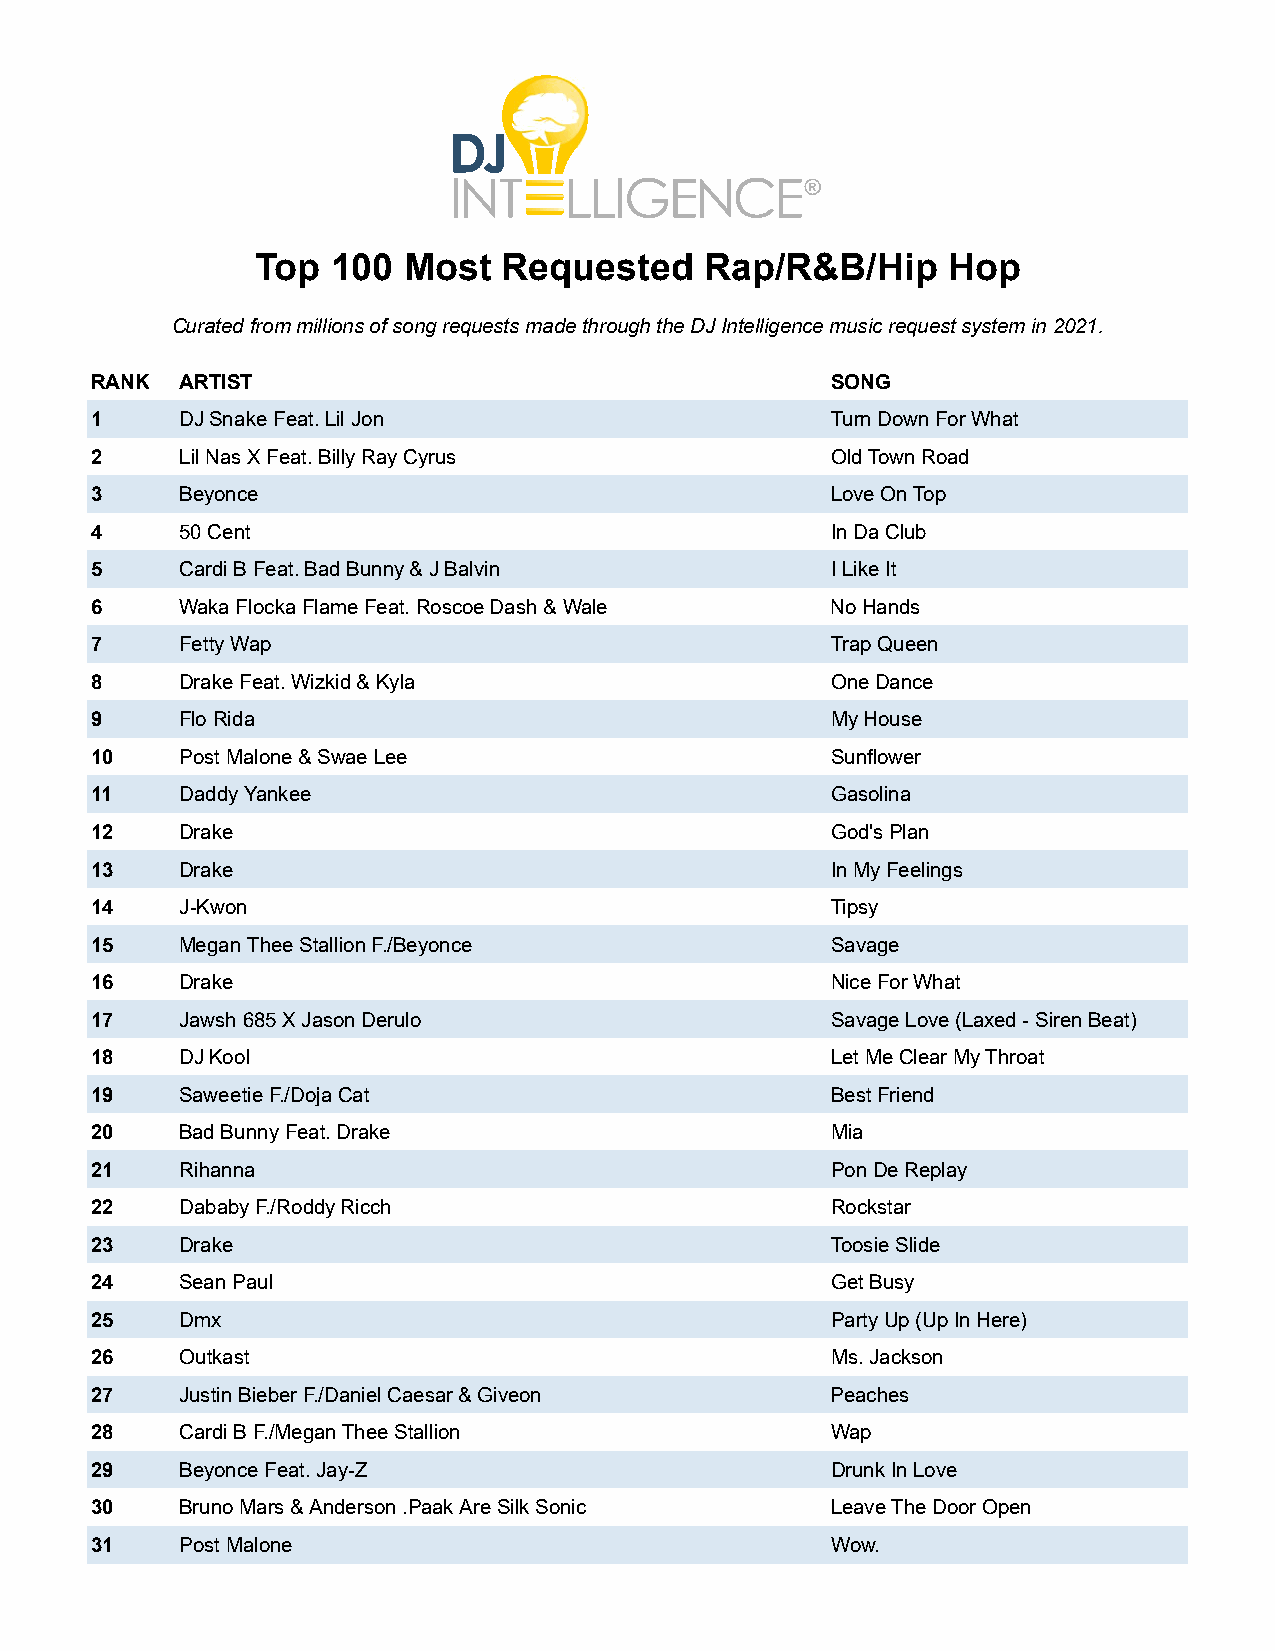
Top  100  Most  Requested     Rap/R&B/Hip     Hop
 Curated from millions of song requests made through the DJ Intelligence music request system in 2021.
 RANK  ARTIST                                     SONG
 1     DJ Snake Feat. Lil Jon                     Turn Down For What
 2     Lil Nas X Feat. Billy Ray Cyrus            Old Town Road
 3     Beyonce                                    Love On Top
 4     50 Cent                                    In Da Club
 5     Cardi B Feat. Bad Bunny & J Balvin         I Like It
 6     Waka Flocka Flame Feat. Roscoe Dash & Wale No Hands
 7     Fetty Wap                                  Trap Queen
 8     Drake Feat. Wizkid & Kyla                  One Dance
 9     Flo Rida                                   My House
 10    Post Malone & Swae Lee                     Sunflower
 11    Daddy Yankee                               Gasolina
 12    Drake                                      God's Plan
 13    Drake                                      In My Feelings
 14    J-Kwon                                     Tipsy
 15    Megan Thee Stallion F./Beyonce             Savage
 16    Drake                                      Nice For What
 17    Jawsh 685 X Jason Derulo                   Savage Love (Laxed - Siren Beat)
 18    DJ Kool                                    Let Me Clear My Throat
 19    Saweetie F./Doja Cat                       Best Friend
 20    Bad Bunny Feat. Drake                      Mia
 21    Rihanna                                    Pon De Replay
 22    Dababy F./Roddy Ricch                      Rockstar
 23    Drake                                      Toosie Slide
 24    Sean Paul                                  Get Busy
 25    Dmx                                        Party Up (Up In Here)
 26    Outkast                                    Ms. Jackson
 27    Justin Bieber F./Daniel Caesar & Giveon    Peaches
 28    Cardi B F./Megan Thee Stallion             Wap
 29    Beyonce Feat. Jay-Z                        Drunk In Love
 30    Bruno Mars & Anderson .Paak Are Silk Sonic Leave The Door Open
 31    Post Malone                                Wow.